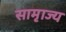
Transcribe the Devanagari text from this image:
सामृाज्य